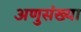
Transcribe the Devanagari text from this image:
अणुसंख्या